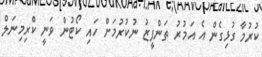
ކުރުމާ ގުޅިގެން އެ އަމުރު ތަންފީޒު ނުކުރުމަށް ހައި ކޯޓުން ވަނީ ކްރިމިނަލް